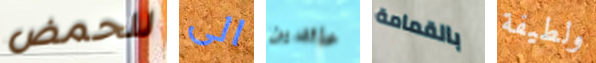
للحمض الى عائدين بالقمامة ولطيفة